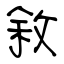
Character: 敘